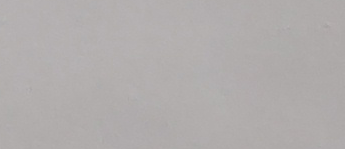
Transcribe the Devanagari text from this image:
भ